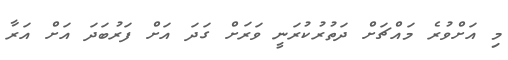
މި އަށްވުރެ މައްޗަށް ދަތުރުކުރަނީ ވަރަށް ގަދަ އަށް ފަރުބަދަ އަށް އަރާ